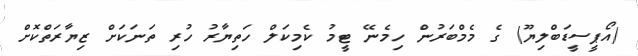
(އޯޕީސީޑަބްލިޔޫ) ގެ މެމްބަރުން ހިމެނޭ ޓީމު ކެމިކަލް ހަތިޔާރު ހުރި ތަނަކަށް ޒިޔާރަތްކޮށް